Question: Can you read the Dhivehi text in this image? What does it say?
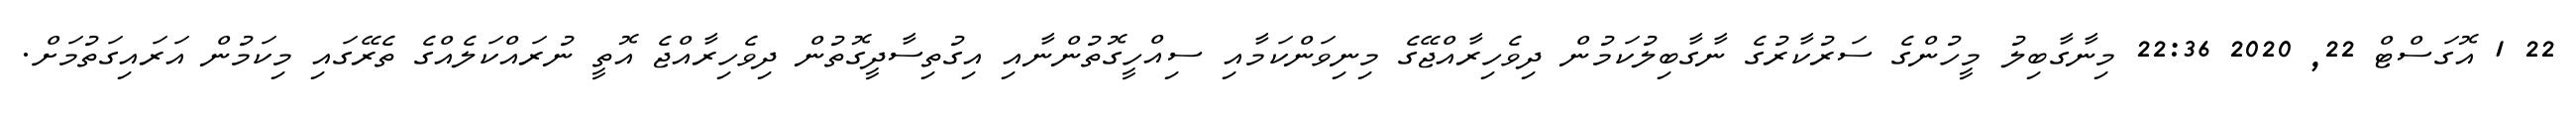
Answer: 22 1 އޮގަސްޓް 22, 2020 22:36 މިނާގާބިލު މީހުންގެ ސަރުކާރުގެ ނާގާބިލުކަމުން ދިވެހިރާއްޖޭގެ މިނިވަންކަމާއި ސިއްހީގޮތުންނާއި އިގުތިސާދީގޮތުން ދިވެހިރާއްޖެ އޮތީ ނުރައްކަލެއްގެ ތެރޭގައި މިކަމުން އަރައިގަތުމަށް.